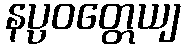
နပ္ပဝတ္တေယျ